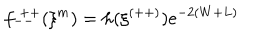
LaTeX: f _ { -- } ^ { ~ + + } ( \xi ^ { m } ) = h ( \xi ^ { ( + + ) } ) e ^ { - 2 ( W + L ) }